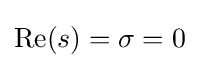
\operatorname {Re} (s)=\sigma =0